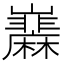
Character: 𡿌